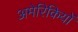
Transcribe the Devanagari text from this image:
अमेरिकियों